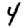
Digit: 4